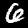
Digit: 6